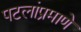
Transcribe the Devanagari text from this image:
पटलांप्रमाणे